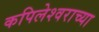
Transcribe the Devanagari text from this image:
कपिलेश्वराच्या